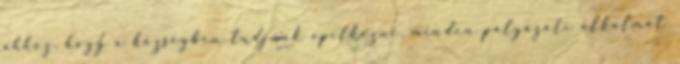
ahhoz, hogy a községben tudjunk építkezni, minden pályázati alkalmat